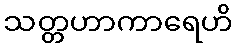
သတ္တဟာကာရေဟိ